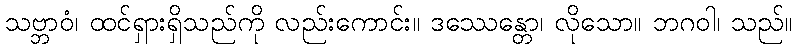
သဗ္ဘာဝံ၊ ထင်ရှားရှိသည်ကို လည်းကောင်း။ ဒဿေန္တော၊ လိုသော။ ဘဂဝါ၊ သည်။